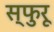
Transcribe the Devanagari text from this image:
स्फुरू